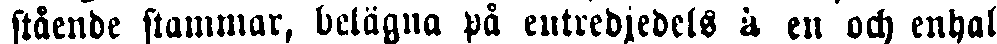
stäende stammar, belägna på eutredjedels å en och enhals